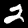
Digit: 2